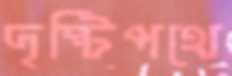
দৃষ্টিপথে